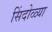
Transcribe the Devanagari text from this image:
सिंदोळ्या